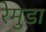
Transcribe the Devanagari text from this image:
रेमुडा